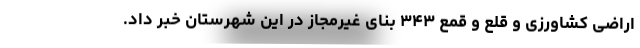
اراضی کشاورزی و قلع و قمع ۳۴۳ بنای غیرمجاز در این شهرستان خبر داد.